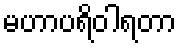
မဟာပရိဝါရတာ